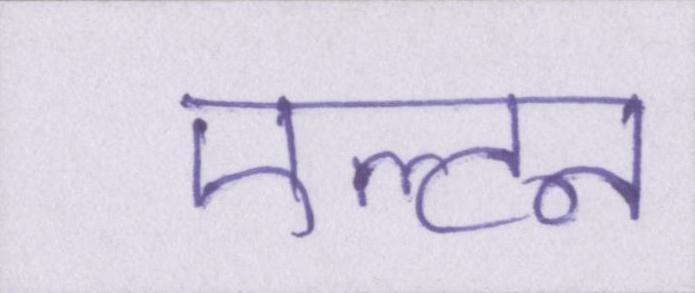
एल्टन